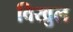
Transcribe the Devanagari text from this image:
विखुल